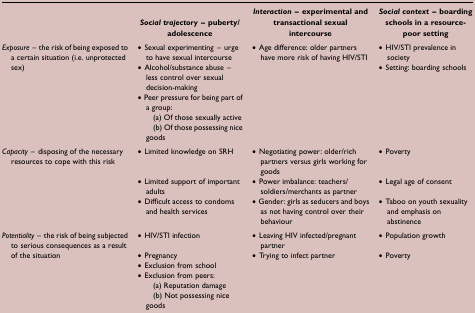
<table><thead><tr><td><b> </b></td><td><b><i>Social trajectory</i> – puberty/adolescence</b></td><td><b><i>Interaction</i> – experimental and transactional sexual intercourse</b></td><td><b><i>Social context</i> – boarding schools in a resource-poor setting</b></td></tr></thead><tbody><tr><td rowspan="5"><i>Exposure</i> – the risk of being exposed to a certain situation (i.e. unprotected sex)</td><td>• Sexual experimenting – urge to have sexual intercourse</td><td rowspan="5">• Age difference: older partners have more risk of having HIV/STI</td><td>• HIV/STI prevalence in society</td></tr><tr><td>• Alcohol/substance abuse – less control over sexual decision-making</td><td>• Setting: boarding schools</td></tr><tr><td>• Peer pressure for being part of a group:</td><td> </td></tr><tr><td>(a) Of those sexually active</td><td> </td></tr><tr><td>(b) Of those possessing nice goods</td><td> </td></tr><tr><td rowspan="3"><i>Capacity</i> – disposing of the necessary resources to cope with this risk</td><td>• Limited knowledge on SRH</td><td>• Negotiating power: older/rich partners versus girls working for goods</td><td>• Poverty</td></tr><tr><td>• Limited support of important adults</td><td>• Power imbalance: teachers/soldiers/merchants as partner</td><td>• Legal age of consent</td></tr><tr><td>• Difficult access to condoms and health services</td><td>• Gender: girls as seducers and boys as not having control over their behaviour</td><td>• Taboo on youth sexuality and emphasis on abstinence</td></tr><tr><td rowspan="6"><i>Potentiality</i> – the risk of being subjected to serious consequences as a result of the situation</td><td>• HIV/STI infection</td><td>• Leaving HIV infected/pregnant partner</td><td>• Population growth</td></tr><tr><td>• Pregnancy</td><td>• Trying to infect partner</td><td>• Poverty</td></tr><tr><td>• Exclusion from school</td><td> </td><td> </td></tr><tr><td>• Exclusion from peers:</td><td> </td><td> </td></tr><tr><td>(a) Reputation damage</td><td> </td><td> </td></tr><tr><td>(b) Not possessing nice goods</td><td> </td><td> </td></tr></tbody></table>